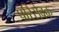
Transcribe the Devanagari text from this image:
परिसेवक